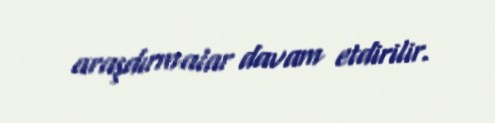
araşdırmalar davam etdirilir.